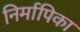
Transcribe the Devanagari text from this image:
निर्मापिका